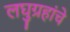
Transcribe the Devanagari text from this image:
लघुग्रहांचे